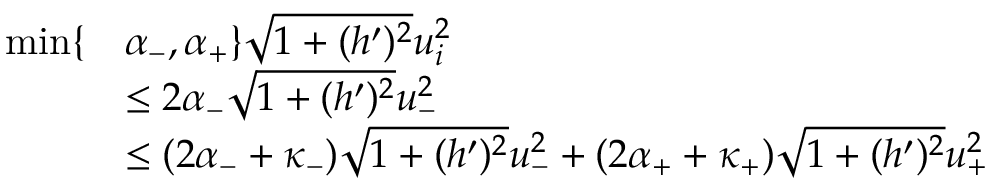
\begin{array} { r l } { \operatorname* { m i n } \lbrace } & { \alpha _ { - } , \alpha _ { + } \rbrace \sqrt { 1 + ( h ^ { \prime } ) ^ { 2 } } u _ { i } ^ { 2 } } \\ & { \leq 2 \alpha _ { - } \sqrt { 1 + ( h ^ { \prime } ) ^ { 2 } } u _ { - } ^ { 2 } } \\ & { \leq ( 2 \alpha _ { - } + \kappa _ { - } ) \sqrt { 1 + ( h ^ { \prime } ) ^ { 2 } } u _ { - } ^ { 2 } + ( 2 \alpha _ { + } + \kappa _ { + } ) \sqrt { 1 + ( h ^ { \prime } ) ^ { 2 } } u _ { + } ^ { 2 } } \end{array}